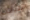
الليلة